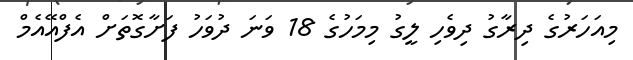
މިއަހަރުގެ ދިރާގު ދިވެހި ލީގު މިމަހުގެ 18 ވަނަ ދުވަހު ފަށާގޮތަށް އެފްއޭއެމް